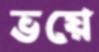
ভয়ে